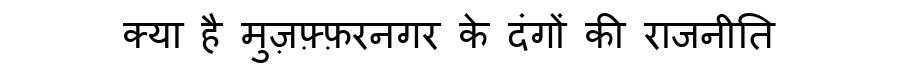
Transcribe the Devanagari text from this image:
क्या है मुज़फ़्फ़रनगर के दंगों की राजनीति